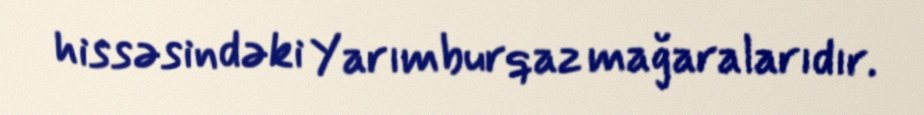
hissəsindəki Yarımburqaz mağaralarıdır.